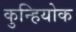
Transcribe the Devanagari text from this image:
कुन्हियोक